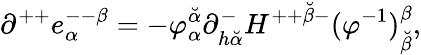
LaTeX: \partial^{++}e_{\alpha}^{--\beta}=-\varphi_{\alpha}^{\breve{\alpha}}\partial_{h{\breve{\alpha}}}^{-}H^{++{\breve{\beta}}-}(\varphi^{-1})_{\breve{\beta}}^{\beta},